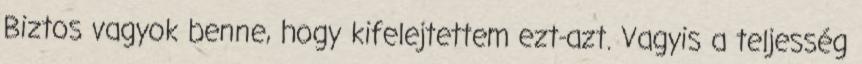
Biztos vagyok benne, hogy kifelejtettem ezt-azt. Vagyis a teljesség